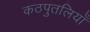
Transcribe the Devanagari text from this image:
कठपुतलियाँ